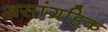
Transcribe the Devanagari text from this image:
असांग्रहिक